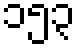
၁၅၃